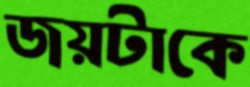
জয়টাকে